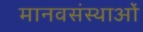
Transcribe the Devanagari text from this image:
मानवसंस्थाओं